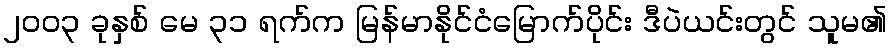
၂၀၀၃ ခုနှစ် မေ ၃၁ ရက်က မြန်မာနိုင်ငံမြောက်ပိုင်း ဒီပဲယင်းတွင် သူမ၏